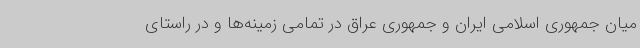
میان جمهوری اسلامی ایران و جمهوری عراق در تمامی زمینه‌ها و در راستای